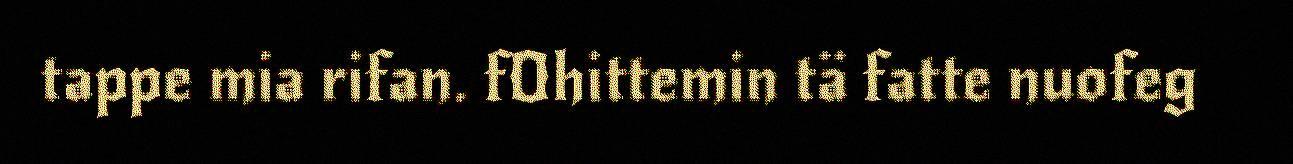
tappe mia rifan. fOhittemin tä fatte nuofeg